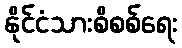
နိုင်ငံသားစိစစ်ရေး